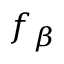
f _ { \beta }